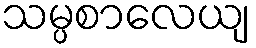
သမ္ပစာလေယျ